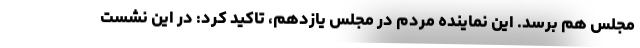
مجلس هم برسد. این نماینده مردم در مجلس یازدهم، تاکید کرد: در این نشست